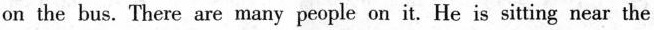
on the bus. There are many people on it. He is sitting near the